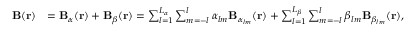
\begin{array} { r l } { \mathbf { B } ( \mathbf { r } ) } & { = \mathbf { B } _ { \alpha } ( \mathbf { r } ) + \mathbf { B } _ { \beta } ( \mathbf { r } ) = \sum _ { l = 1 } ^ { L _ { \alpha } } \sum _ { m = - l } ^ { l } \alpha _ { l m } \mathbf { B } _ { \alpha _ { l m } } ( \mathbf { r } ) + \sum _ { l = 1 } ^ { L _ { \beta } } \sum _ { m = - l } ^ { l } \beta _ { l m } \mathbf { B } _ { \beta _ { l m } } ( \mathbf { r } ) , } \end{array}